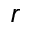
r